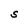
Character: s